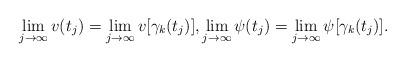
LaTeX: \begin{align*}\lim_{j\to\infty}v(t_j)=\lim_{j\to\infty}v[\gamma_k(t_j)],\lim_{j\to\infty}\psi(t_j)=\lim_{j\to\infty}\psi[\gamma_k(t_j)].\end{align*}